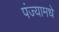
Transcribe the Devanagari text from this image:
पंज्यामधे